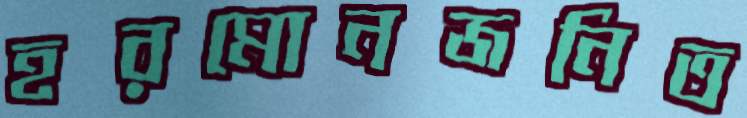
হরমোনজনিত